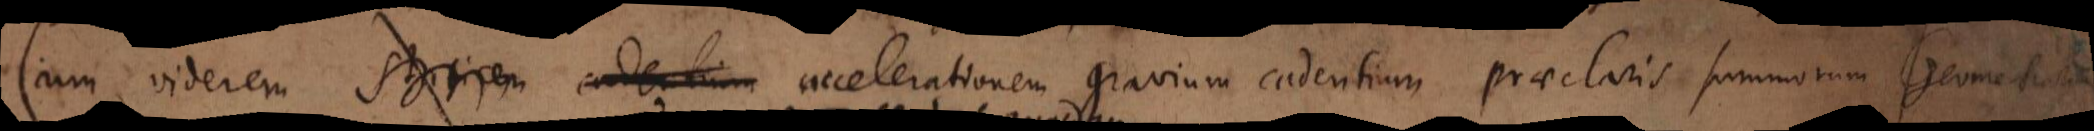
Cum viderem staticen cadentium accelerationem gravium cadentium praeclaris summorum Geometrarum